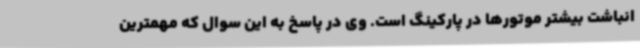
انباشت بیشتر موتورها در پارکینگ است. وی در پاسخ به این سوال که مهمترین